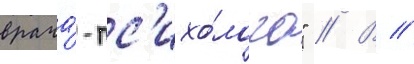
врача́-пс'ихо́лога" // В //